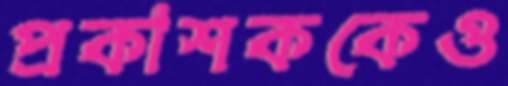
প্রকাশককেও